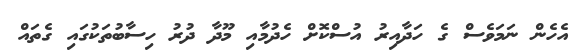
އެހެން ނަމަވެސް ގެ ހަދާއިރު އުސްކޮށް ހެދުމާއި މޫދާ ދުރު ހިސާބުތަކުގައި ގެތައް